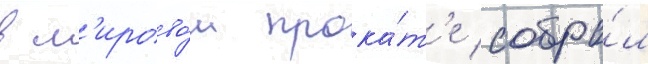
в м'ирово́м прока́т'е собра́л